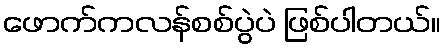
ဖောက်ကလန်စစ်ပွဲပဲ ဖြစ်ပါတယ်။